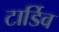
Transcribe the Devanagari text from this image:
टार्डिव